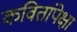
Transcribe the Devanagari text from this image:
कवितांपेक्षा